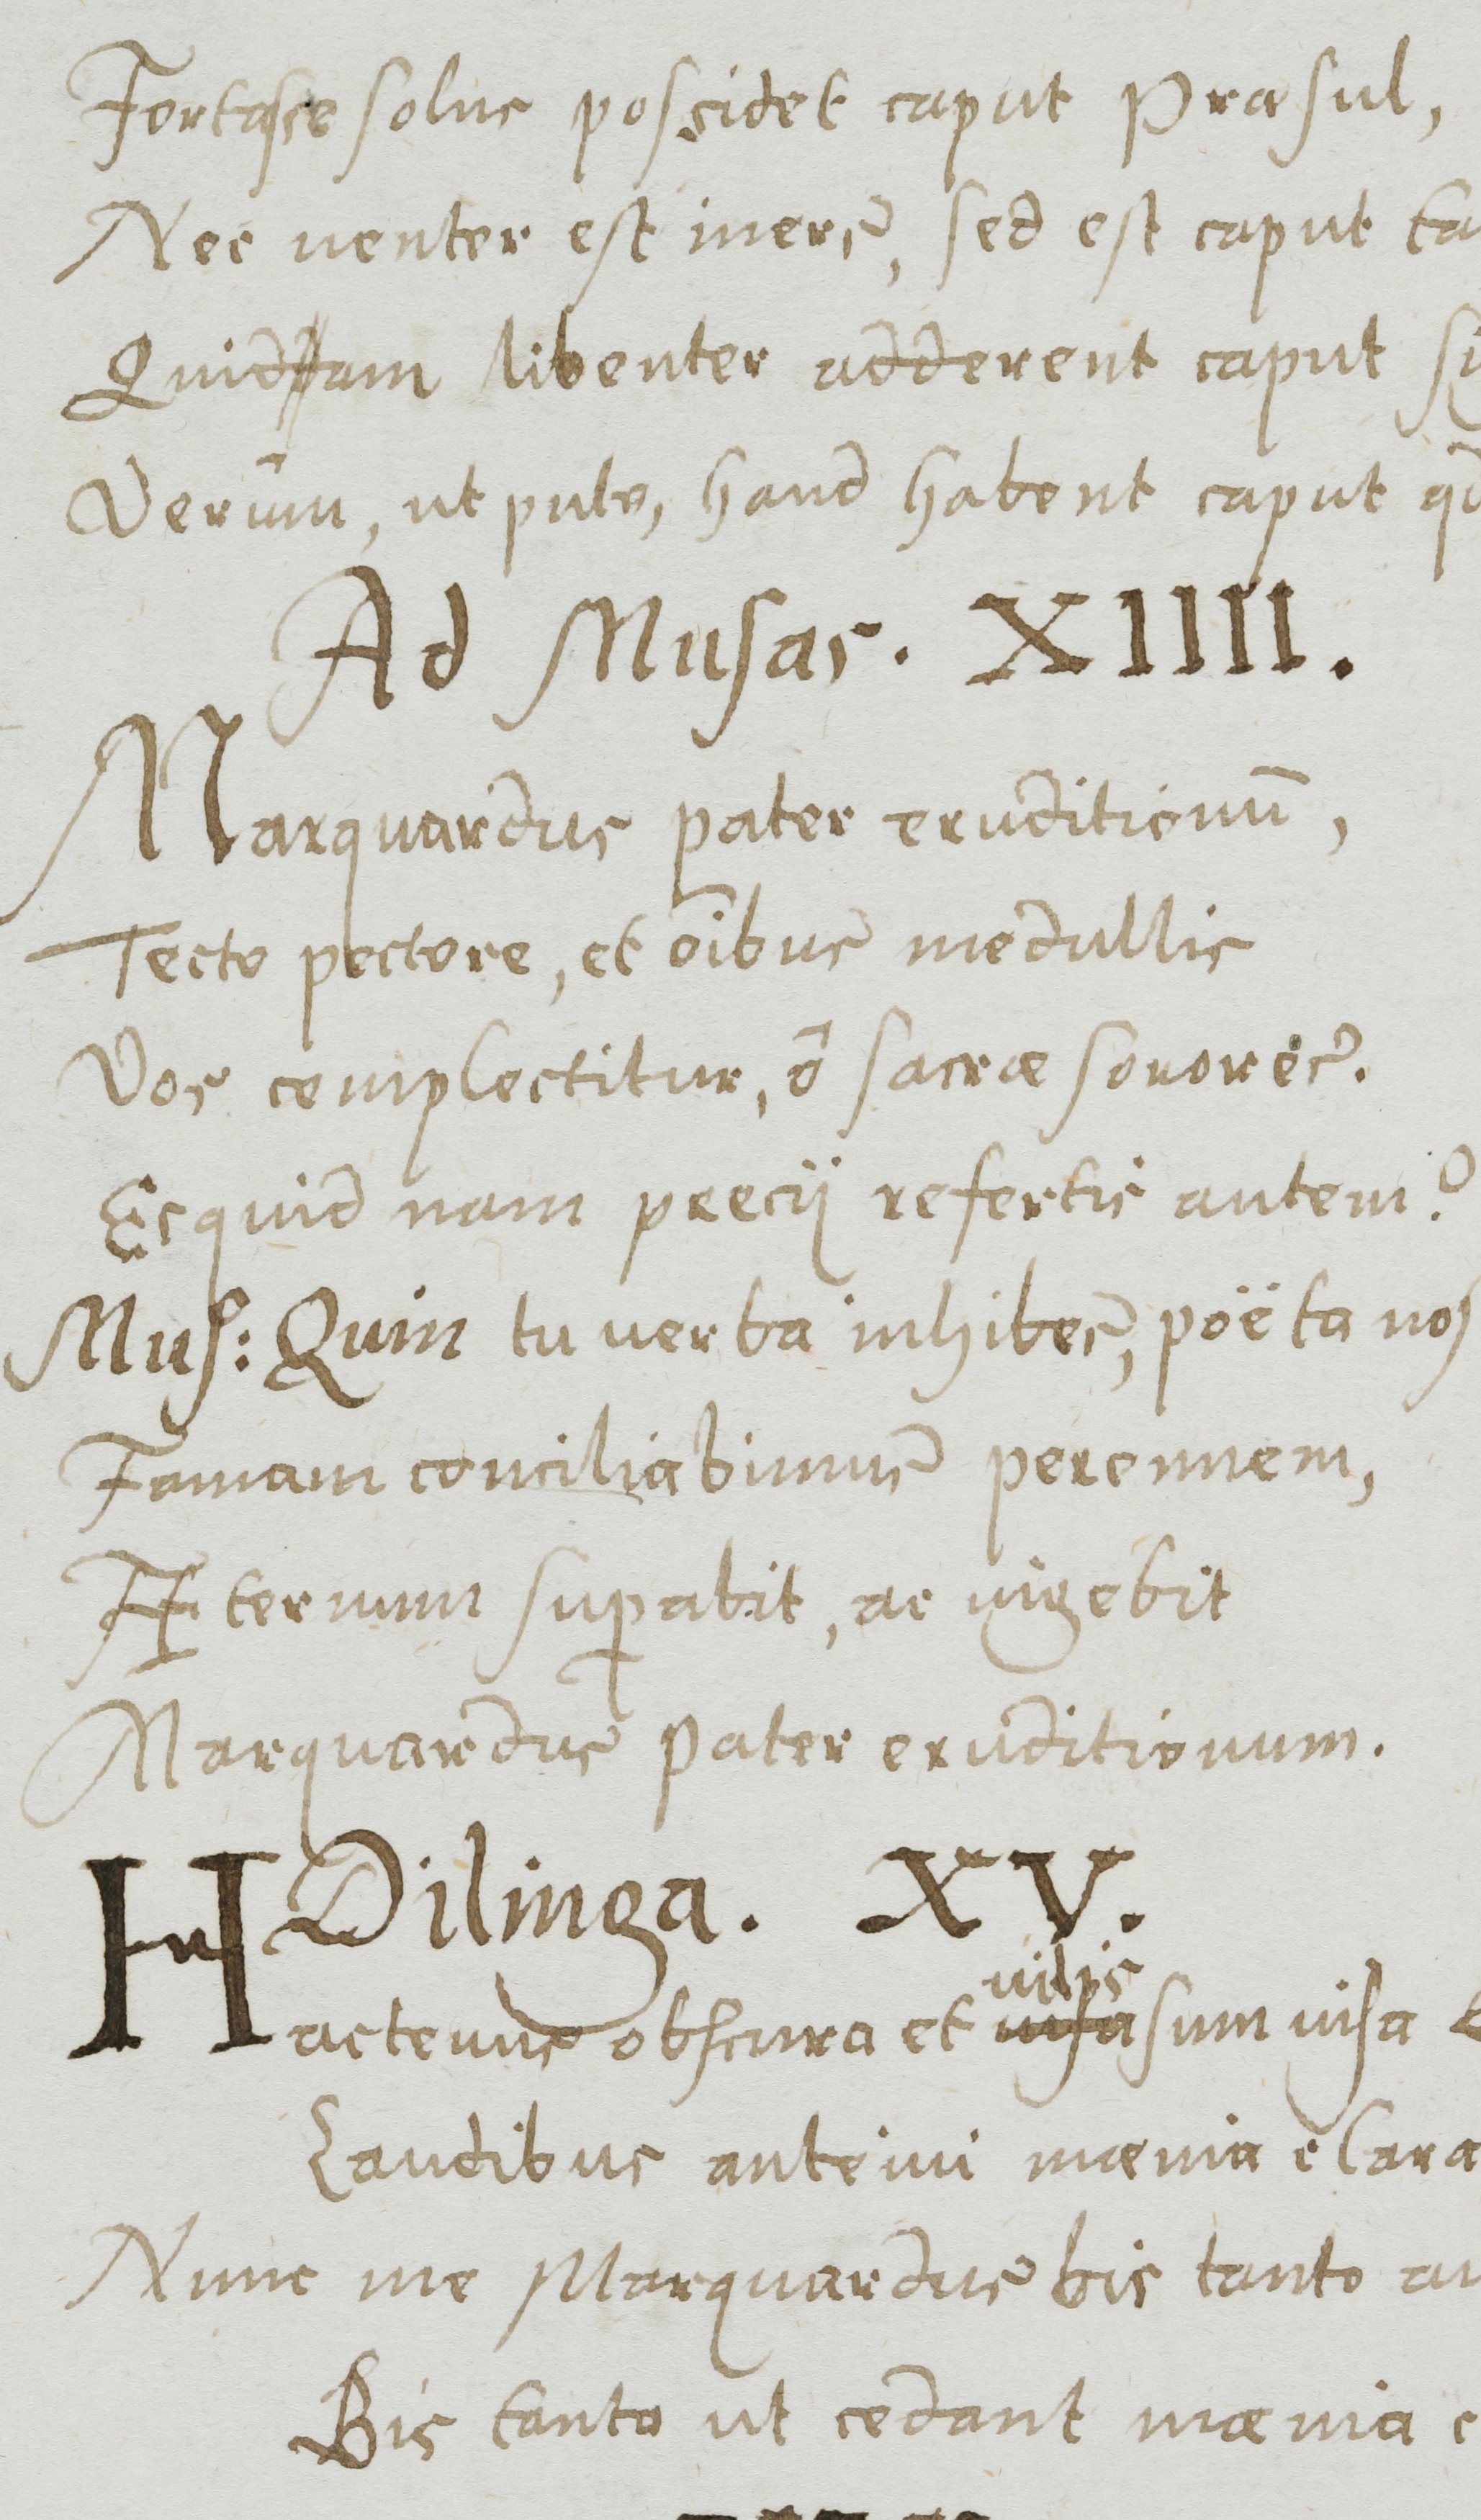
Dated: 1577–1577